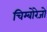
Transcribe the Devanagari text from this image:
चिम्बोरेजो